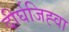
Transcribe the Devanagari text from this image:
दीर्घजिह्वा